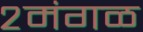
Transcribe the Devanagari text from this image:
२मंगळ